65_HS1-834228961_62-HQ-83894_Serial_130
Agency: FBI
Page 42
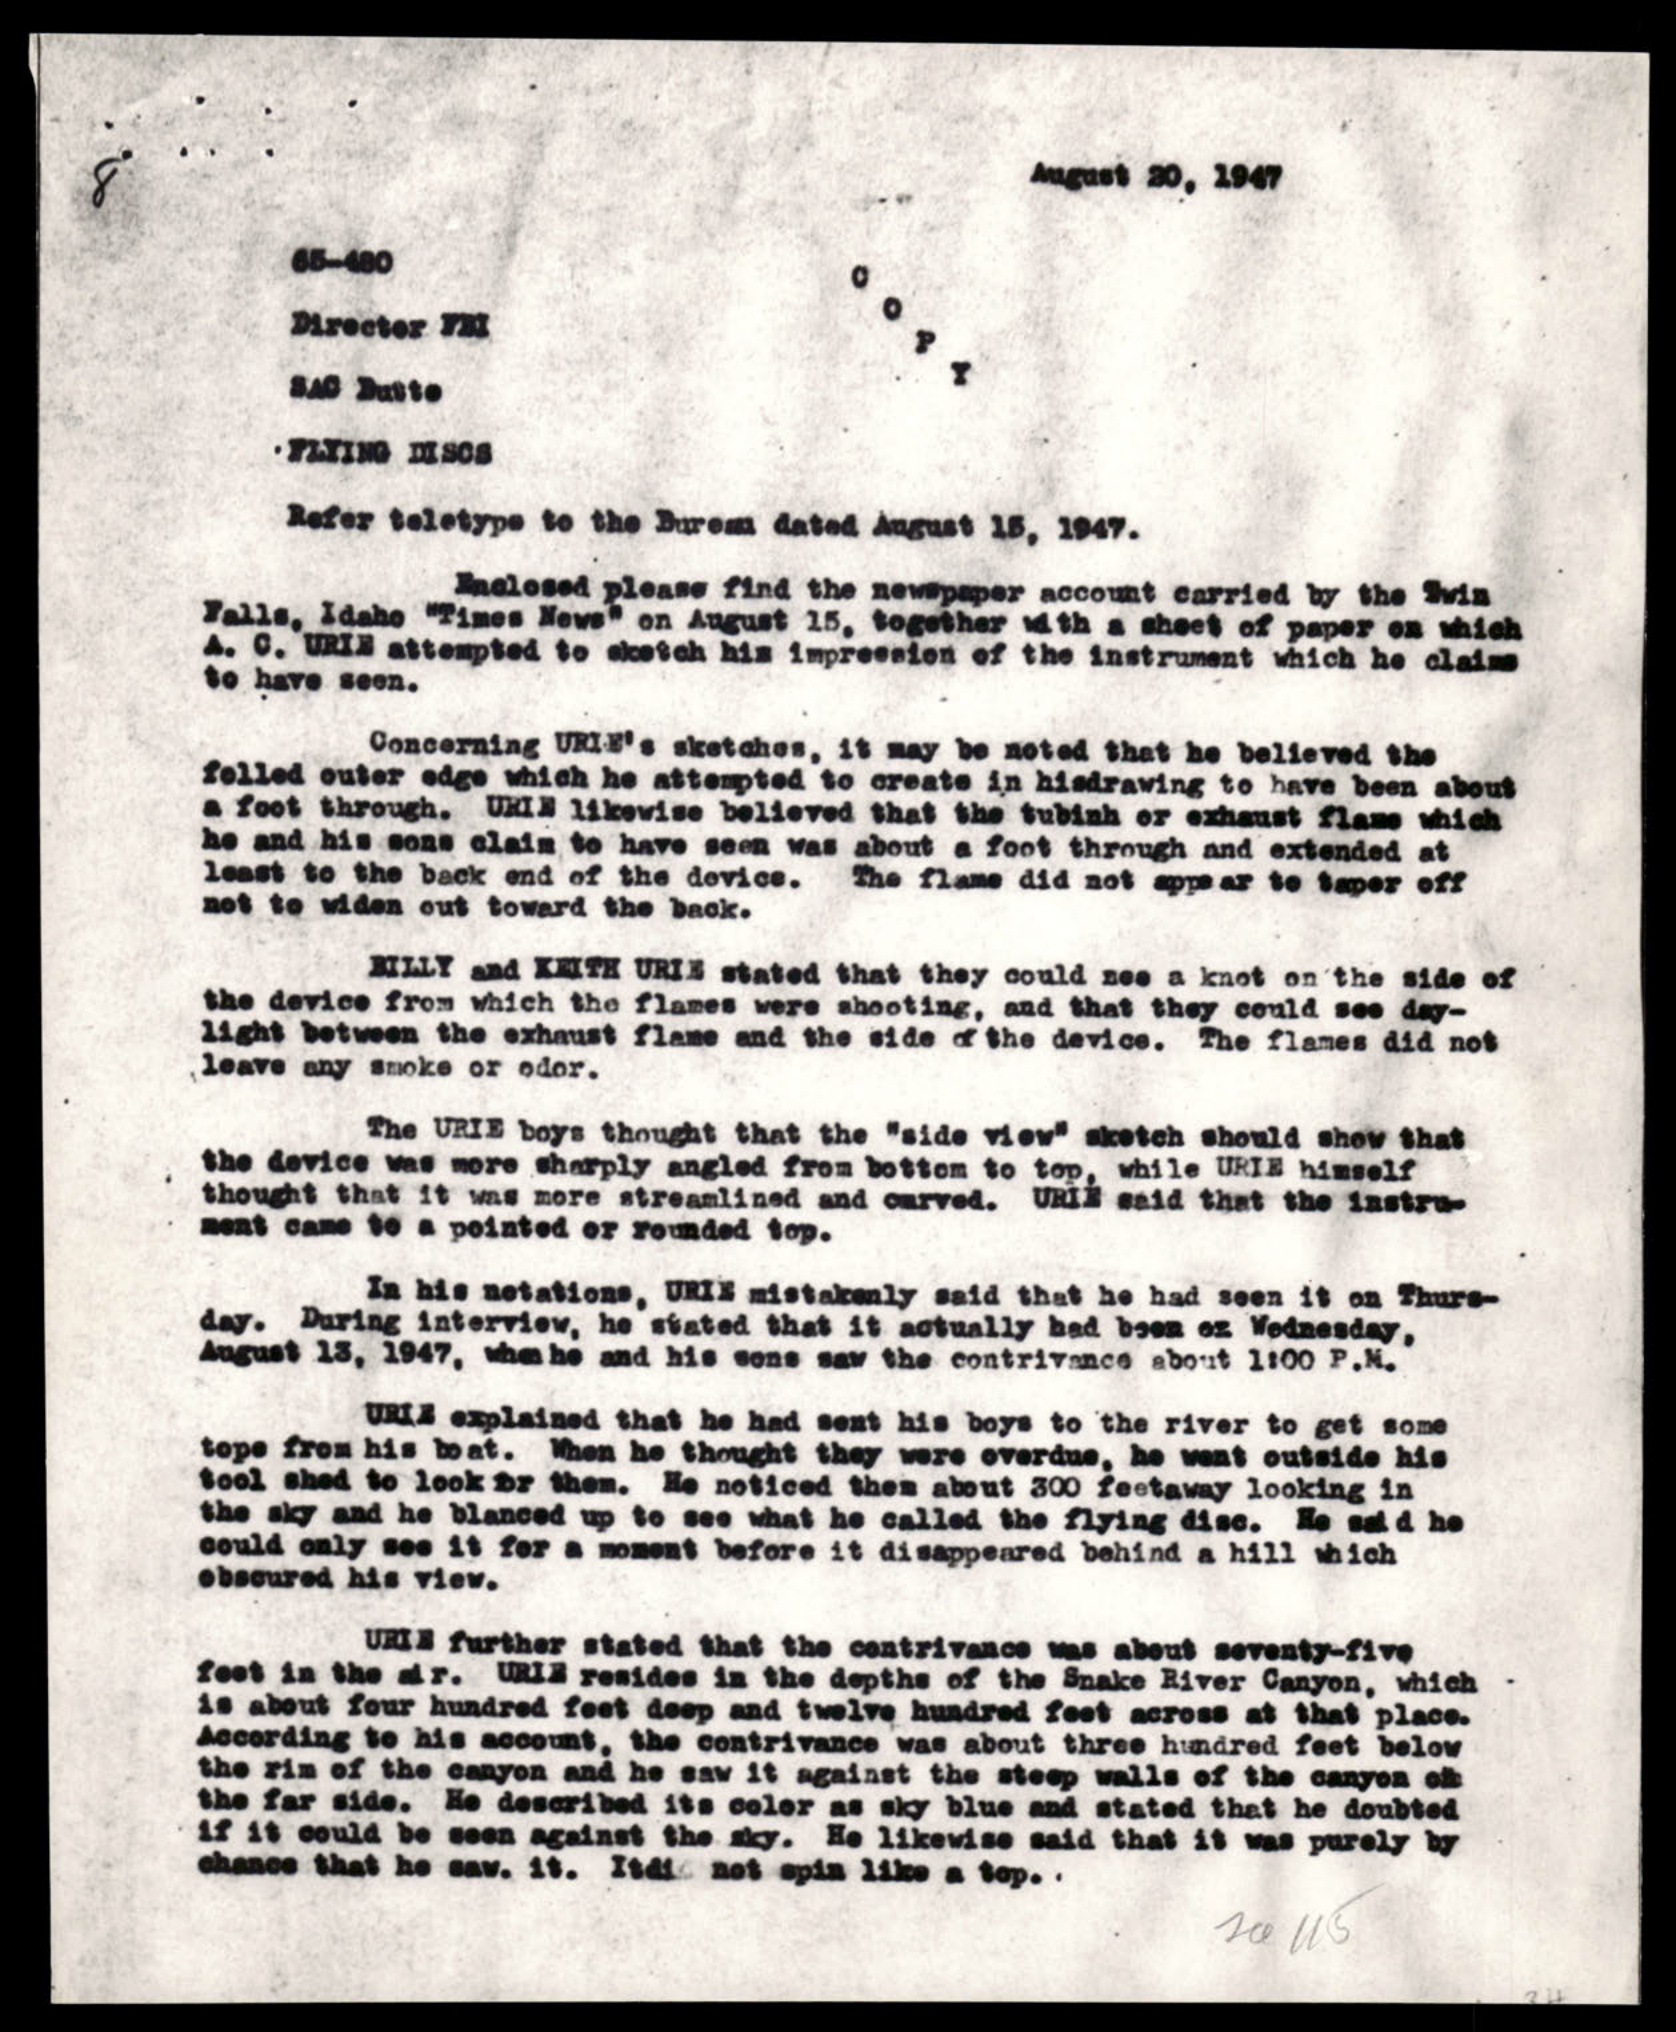